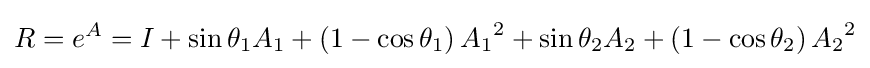
R=e^{A}=I+\sin \theta _{1}A_{1}+\left(1-\cos \theta _{1}\right){A_{1}}^{2}+\sin \theta _{2}A_{2}+\left(1-\cos \theta _{2}\right){A_{2}}^{2}